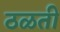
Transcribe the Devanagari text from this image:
ठळती